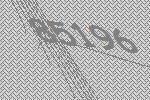
85196